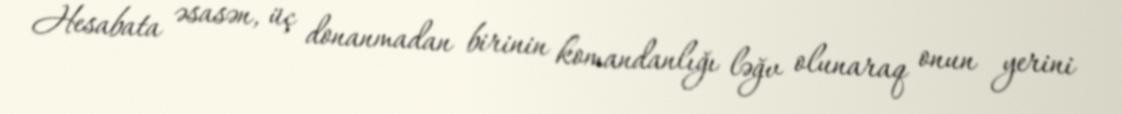
Hesabata əsasən, üç donanmadan birinin komandanlığı ləğv olunaraq onun yerini